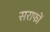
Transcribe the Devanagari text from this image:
सराफों